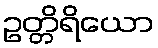
ဥတ္တိရိယော